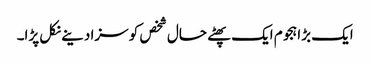
ایک بڑا ہجوم ایک پھٹے حال شخص کو سزا دینے نکل پڑا۔